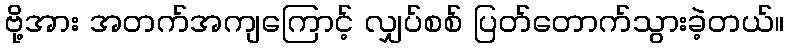
ဗို့အား အတက်အကျကြောင့် လျှပ်စစ် ပြတ်တောက်သွားခဲ့တယ်။